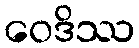
ဝေဒိဿ